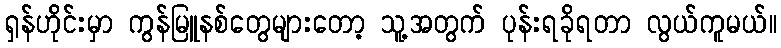
ရှန်ဟိုင်းမှာ ကွန်မြူနစ်တွေများတော့ သူ့အတွက် ပုန်းရခိုရတာ လွယ်ကူမယ်။